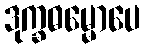
ဒုက္ခဓမ္မောပေ